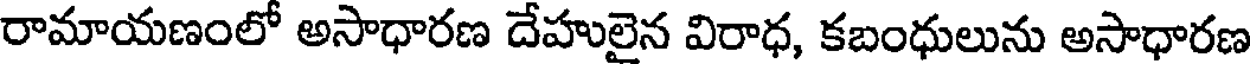
రామాయణంలో అసాధారణ దేహులైన విరాధ, కబంధులును అసాధారణ